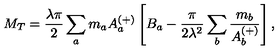
M _ { T } = \frac { \lambda \pi } { 2 } \sum _ { a } m _ { a } A _ { a } ^ { ( + ) } \left[ B _ { a } - \frac { \pi } { 2 \lambda ^ { 2 } } \sum _ { b } \frac { m _ { b } } { A _ { b } ^ { ( + ) } } \right] ,